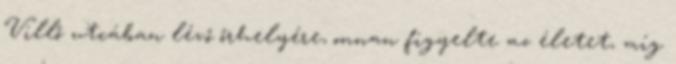
Villő utcában lévő őrhelyére, onnan figyelte az életet, míg